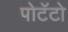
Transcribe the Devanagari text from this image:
पोटॅटो